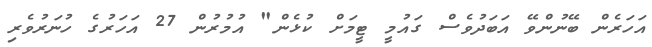
އަހަރެން ބޭނުންވޭ އަބަދުވެސް ގައުމީ ޓީމަށް ކުޅެން" އުމުރުން 27 އަހަރުގެ ހުނަރުވެރި